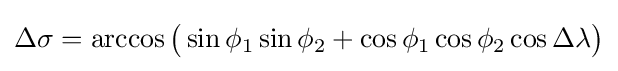
\Delta \sigma =\arccos {\bigl (}\sin \phi _{1}\sin \phi _{2}+\cos \phi _{1}\cos \phi _{2}\cos \Delta \lambda {\bigr )}